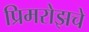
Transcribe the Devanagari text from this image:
प्रिमरोझचे